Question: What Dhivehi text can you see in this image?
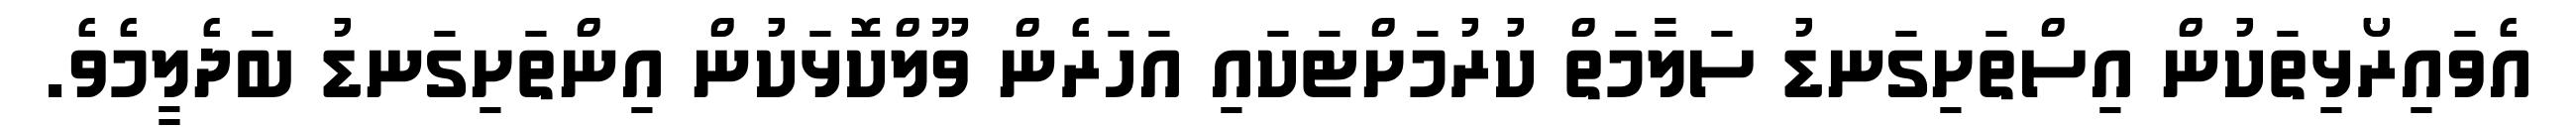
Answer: އެވައިރޯޅިތަކުން އިސްތަށިގަނޑު ސަލާމަތް ކުރުމަށްޓަކައި އަހަރެން ވޫލްކޮޅަކުން އިންތަށިގަނޑު ބަދެލީމެވެ.